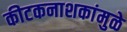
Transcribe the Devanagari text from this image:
कीटकनाशकांमुळे